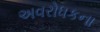
અવરોધકના